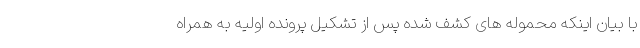
با بیان اینکه محموله های کشف شده پس از تشکیل پرونده اولیه به همراه